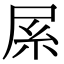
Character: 𡱏